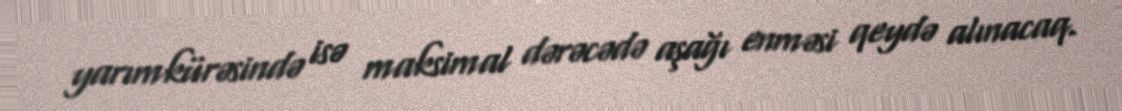
yarımkürəsində isə maksimal dərəcədə aşağı enməsi qeydə alınacaq.